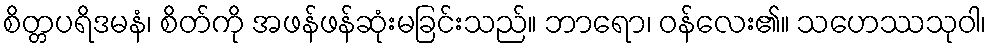
စိတ္တပရိဒမနံ၊ စိတ်ကို အဖန်ဖန်ဆုံးမခြင်းသည်။ ဘာရော၊ ဝန်လေး၏။ သဟေဿသုဝါ၊